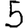
Digit: 5